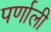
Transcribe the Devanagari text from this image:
पर्णाली